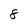
Character: 8